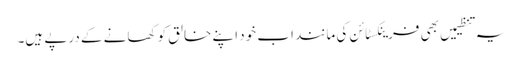
یہ تنظیمیں بھی فرینکسٹائن کی مانند اب خود اپنے خالق کو کھانے کے درپے ہیں۔